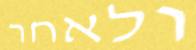
ולאחר